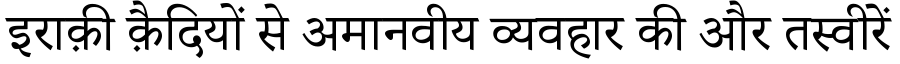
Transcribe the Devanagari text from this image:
इराक़ी क़ैदियों से अमानवीय व्यवहार की और तस्वीरें